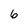
Character: 6